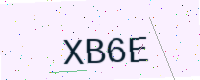
Text: XB6E